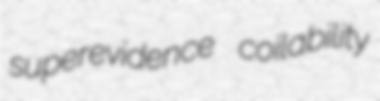
superevidence coilability